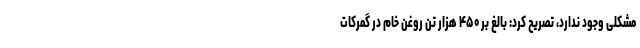
مشکلی وجود ندارد، تصریح کرد: بالغ بر ۴۵۰ هزار تن روغن خام در گمرکات